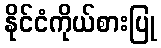
နိုင်ငံကိုယ်စားပြု